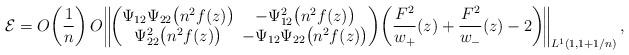
LaTeX: \begin{gather*}\mathcal{E}= O\!\left(\frac{1}{n}\right) O\!\left\Vert \!\left( \begin{matrix}\Psi_{12}\Psi_{22} \big(n^2f(z)\big)\!\! & -\Psi_{12}^2\big(n^2f(z)\big) \\\Psi_{22}^2\big(n^2f(z)\big)\!\! & -\Psi_{12}\Psi_{22}\big(n^2f(z)\big)\end{matrix}\right)\! \left(\frac{F^2}{w_+}(z) + \frac{F^2}{w_-}(z) - 2 \right)\! \right\Vert_{L^1(1, 1+1/n)},\end{gather*}